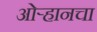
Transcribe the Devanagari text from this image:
ओऱ्हानचा